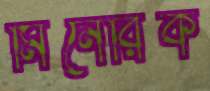
মিনেরিক